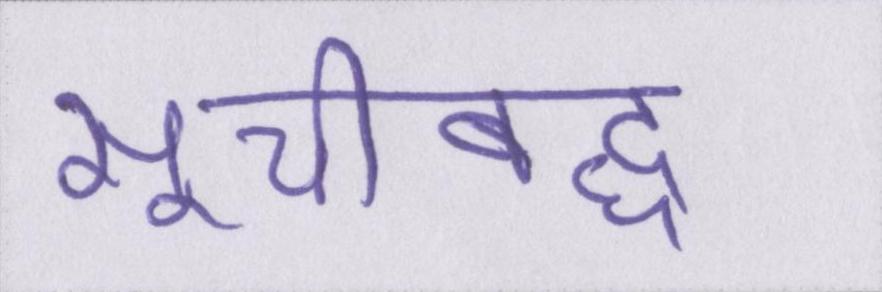
सूचीबद्ध